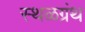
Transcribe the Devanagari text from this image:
स्थळग्रंथ